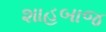
શાહબાજ